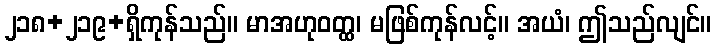
၂၁၈+၂၁၉+ရှိကုန်သည်။ မာအဟုဝတ္ထ၊ မဖြစ်ကုန်လင့်။ အယံ၊ ဤသည်လျင်။